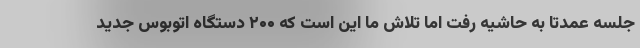
جلسه عمدتا به حاشیه رفت اما تلاش ما این است که ۲۰۰ دستگاه اتوبوس جدید